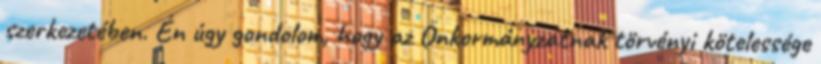
szerkezetében. Én úgy gondolom, hogy az Önkormányzatnak törvényi kötelessége